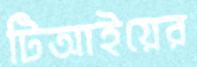
টিআইয়ের